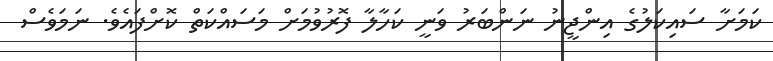
ކަމަށާ ސައިކަލުގެ އިންޖީނު ނަންބަރު ވަނީ ކަހާލާ ފޮރުވުމަށް މަސައްކަތް ކޮށްފައެވެ. ނަމަވެސް